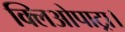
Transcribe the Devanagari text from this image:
क्लिओपाट्रा।